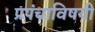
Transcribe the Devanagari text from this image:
प्रपंचाविषयी